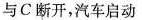
与C断开，汽车启动